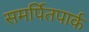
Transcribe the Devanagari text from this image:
समर्पितपार्क